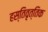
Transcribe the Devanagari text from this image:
हस्तिवृत्तिक